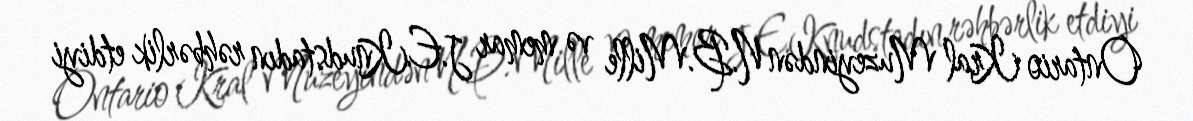
Ontario Kral Muzeyindən N.B.Mille və memar J.E.Knudstadın rəhbərlik etdiyi